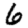
Digit: 6